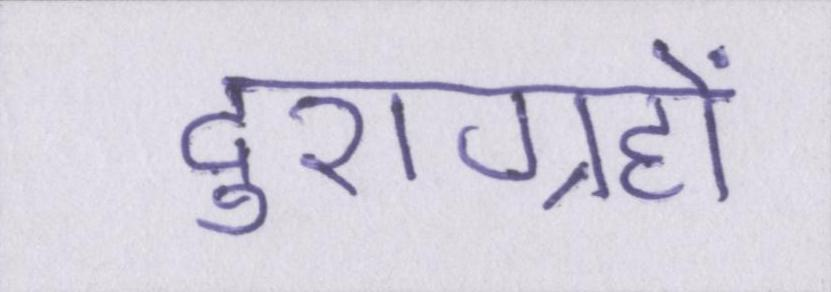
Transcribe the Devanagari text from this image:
दुराग्रहों